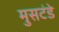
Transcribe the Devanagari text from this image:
मुसटंडे